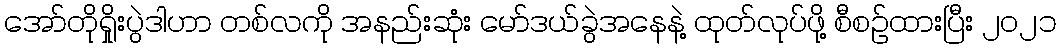
အော်တိုရှိုးပွဲဒါဟာ တစ်လကို အနည်းဆုံး မော်ဒယ်ခွဲအနေနဲ့ ထုတ်လုပ်ဖို့ စီစဉ်ထားပြီး ၂၀၂၁